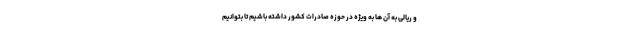
و ریالی به آن ها به ویژه در حوزه صادرات کشور داشته باشیم تا بتوانیم